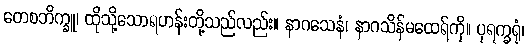
တေစဘိက္ခူ၊ ထိုသို့သောရဟန်းတို့သည်လည်း။ နာဂသေနံ၊ နာဂသိန်မထေရ်ကို။ ပုရက္ခရုံ၊